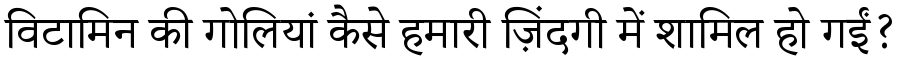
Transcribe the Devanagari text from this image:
विटामिन की गोलियां कैसे हमारी ज़िंदगी में शामिल हो गईं?